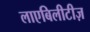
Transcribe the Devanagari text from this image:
लाएबिलीटीज़